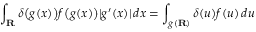
\int _ { \mathbf { R } } \delta { \bigl ( } g ( x ) { \bigr ) } f { \bigl ( } g ( x ) { \bigr ) } | g ^ { \prime } ( x ) | \, d x = \int _ { g ( \mathbf { R } ) } \delta ( u ) f ( u ) \, d u